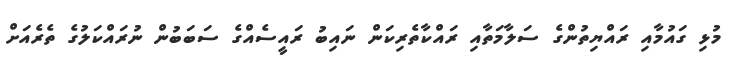
މުޅި ގައުމާއި ރައްޔިތުންގެ ސަލާމަތާއި ރައްކާތެރިކަން ނައިބު ރައީސެއްގެ ސަބަބުން ނުރައްކަލުގެ ތެރެއަށް